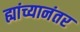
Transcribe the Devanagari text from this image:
ह्यांच्यानंतर